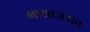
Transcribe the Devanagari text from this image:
मायाजगत्